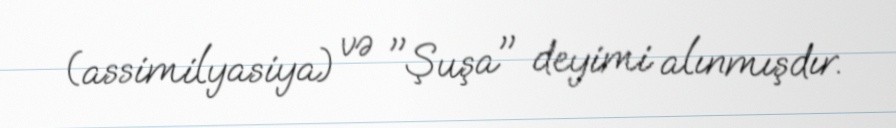
(assimilyasiya) və "Şuşa" deyimi alınmışdır.